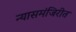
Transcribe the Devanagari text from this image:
न्यासमंजिरीत